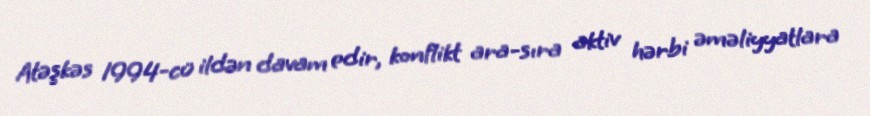
Atəşkəs 1994-cü ildən davam edir, konflikt ara-sıra aktiv hərbi əməliyyatlara